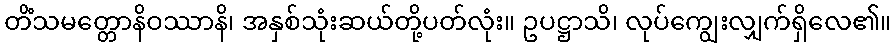
တိံသမတ္တောနိဝဿာနိ၊ အနှစ်သုံးဆယ်တို့ပတ်လုံး။ ဥပဋ္ဌာသိ၊ လုပ်ကျွေးလျှက်ရှိလေ၏။